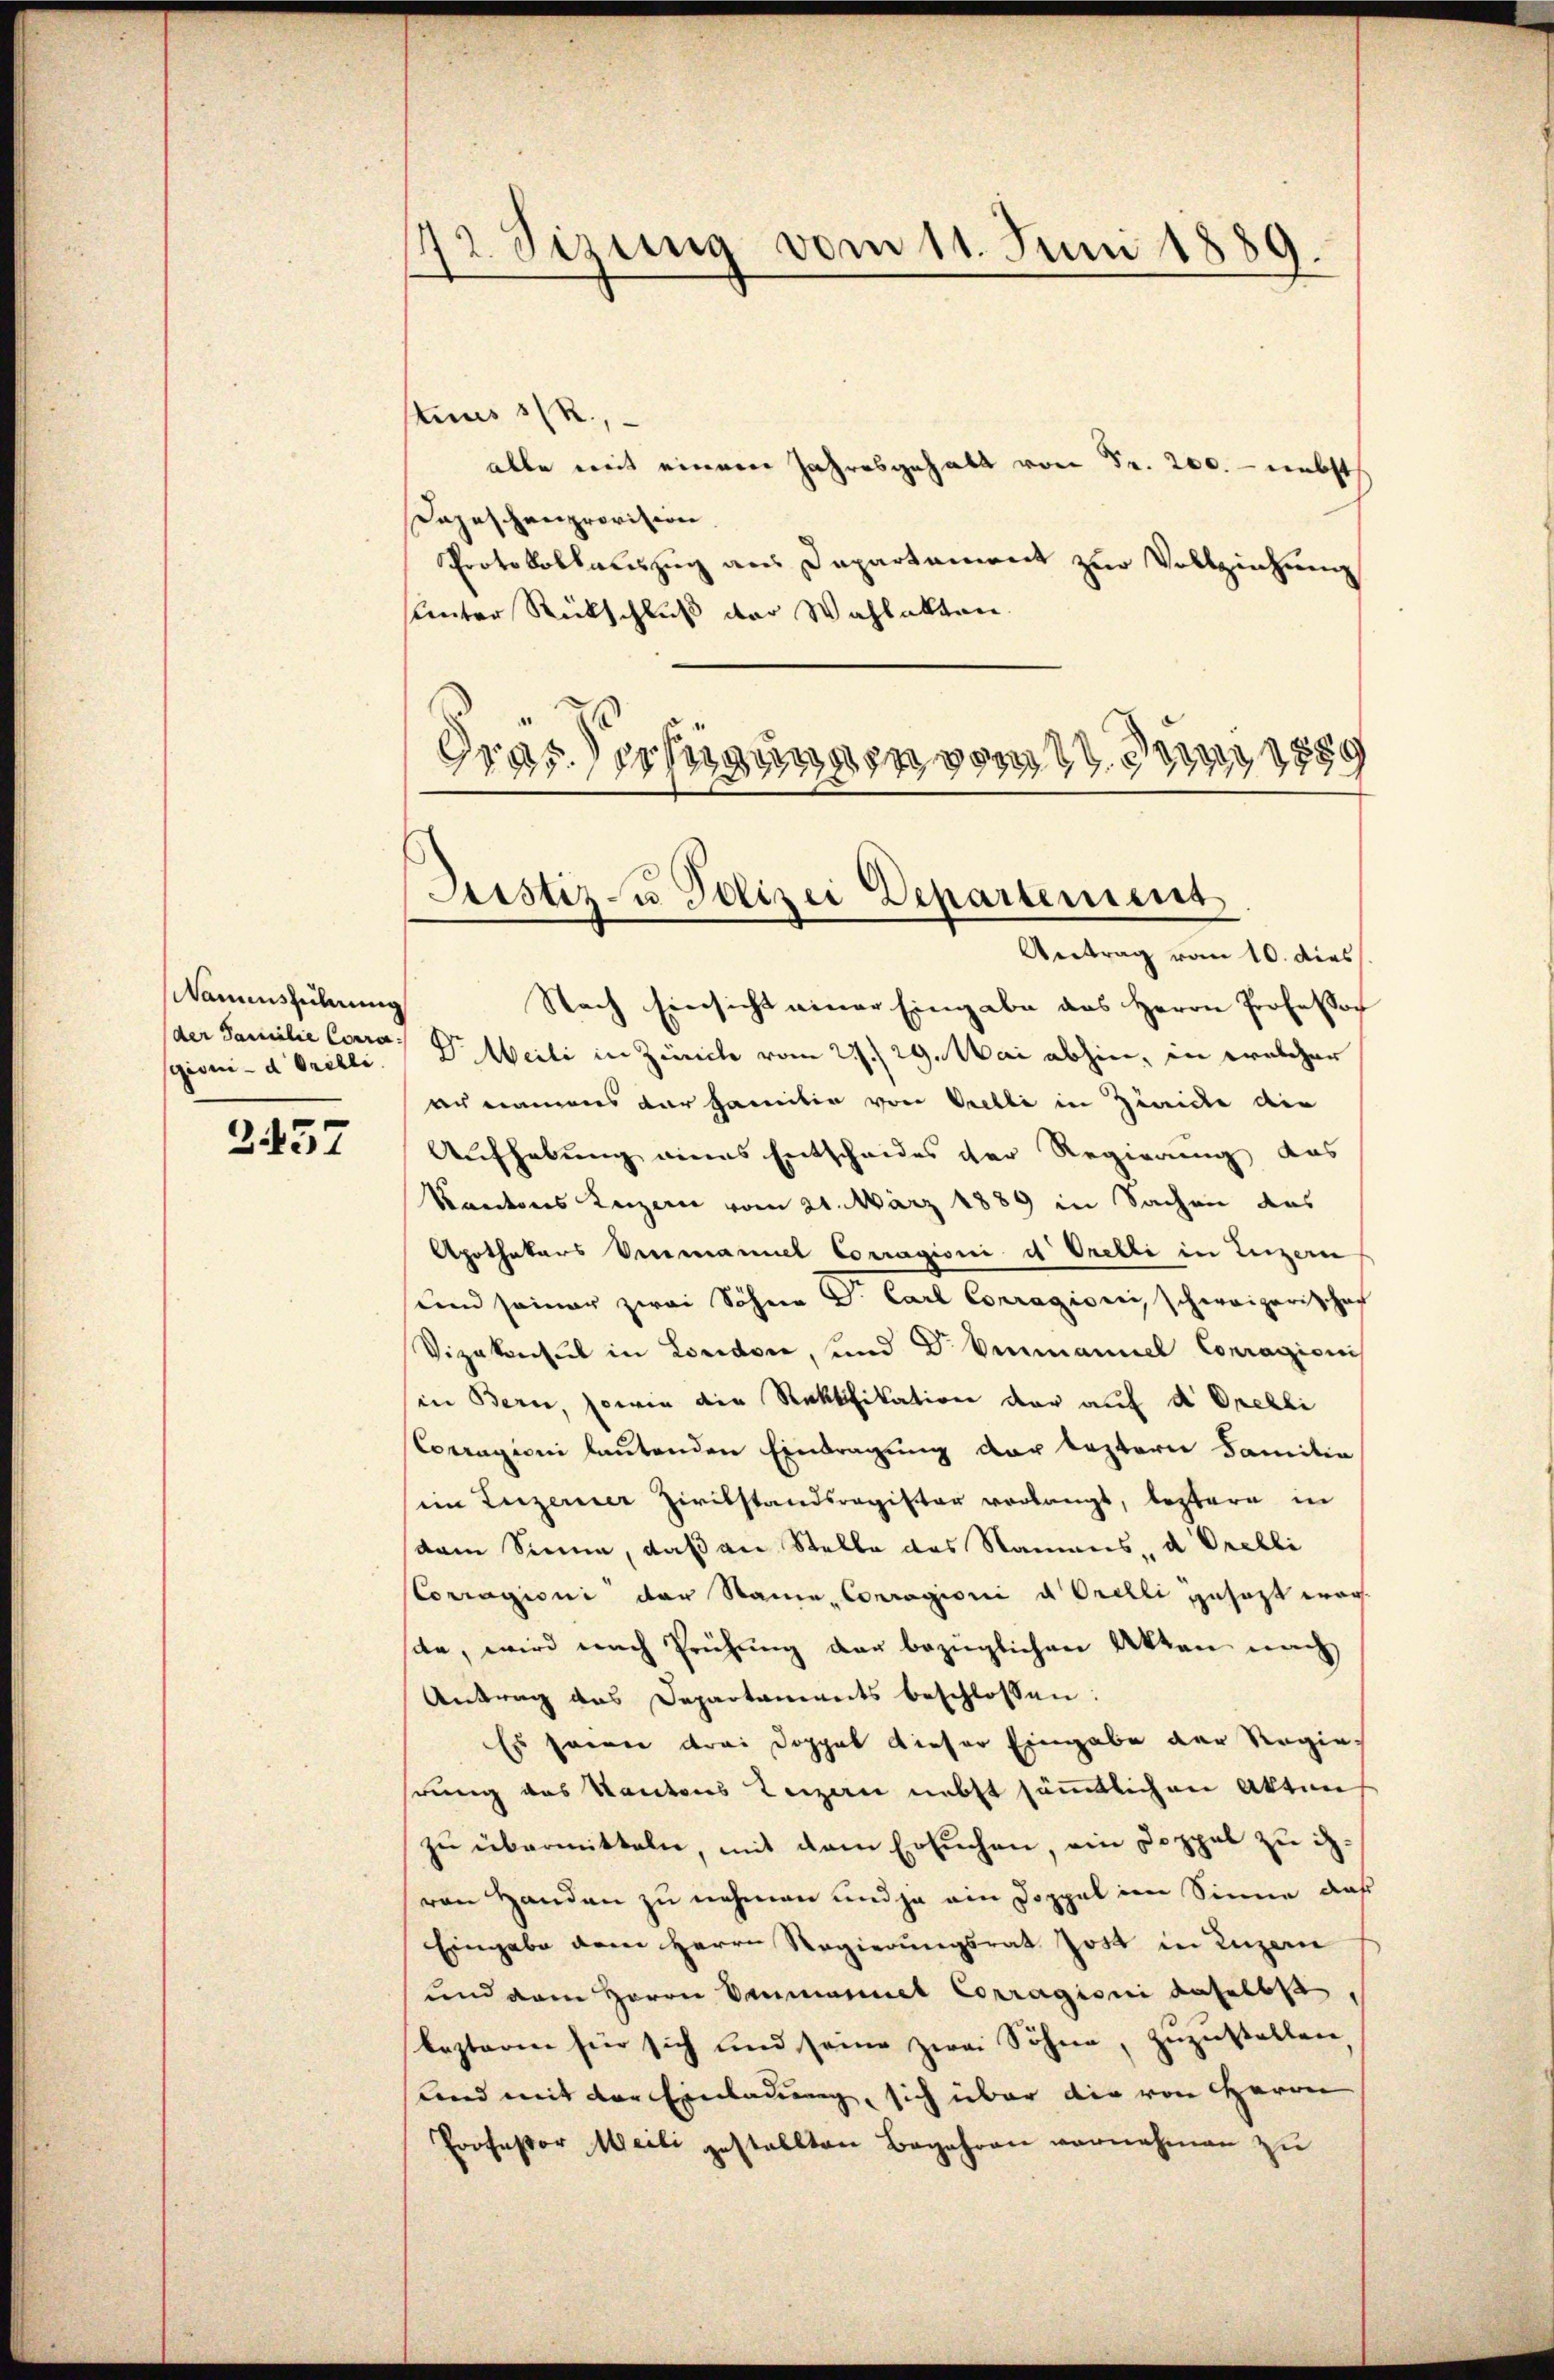
Namensführung
sgioni d. Orelli

2457

tius 1/R.,
alle mit einem Jahresgehalt von Fr. 200. - nebst
Dopeschenprovision
Protokollauszug aus Departament zur Vollziehung
sunter Rückschluß der Wahlakten
d
Gras erfügungen von 1859

172. Sizung vom 11. Juni 1889.

Justiz- u Polizei Departement

Antrag vom 10. dies
Nach Einsicht einer Eingabe das Herrn Professor
saer Familie Corro, Dr. Meili in Zürich vom 21. 29. Mai abhin, in welcher
ac namens der hartin von Orelli in Zürich die
Aufhebung eines Entscheides der Regierung das
Kantons Luzern vom 21. März 1889 in Sachen des
Apothekars Vermaniel Corragioni et Orelli in Luzern
uend seiner zwei Söhne Dr. Carl Corragiorei schweizerischen
Vizekonsul in London, und Dr. Emmannel Conragioni
in Bern, sowie die Rektfikation der auf d. Orelli
Corragioni lautenden Eintragung der leztere Faneiten
sein Luzerner Zivilstandsregister verlangt, leztere in
dam Sinne, daß an Stelle das Namens, d. Prebli
Corragioni der Staine, Conragioni u. Orelli gesagt worae, wird nach Prüfung der bezüglichen Akten nach
Antrag das Departaments beschlossen:
Es seien drei Doppel dieser Eingabe der Regierung des Kantons Luzern nebst sämmtlichen Akten
zu übermitteln, mit dem Ersuchen, ein Doppel zu ihvon Handen zu nehmen und ja ein Doppel im Sinne, daß
Eingabe dem Herrn Regierungsrat Jost in Luzern
und dem Herrn Dammannel Corragioni daselbst,
lezteren für sich und seine zwei Söhne, zŭzŭstellen
sund mit der Einladung, sich über die von Herrn
Professor Meili gestellten Begehren vornehmen zu